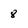
Character: 8